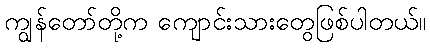
ကျွန်တော်တို့က ကျောင်းသားတွေဖြစ်ပါတယ်။